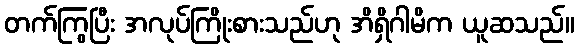
တက်ကြွပြီး အလုပ်ကြိုးစားသည်ဟု အိရှိဂါမိက ယူဆသည်။